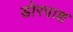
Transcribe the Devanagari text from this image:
डोरपाश